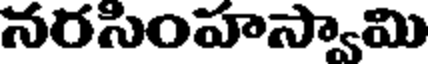
నరసింహస్వామి